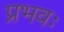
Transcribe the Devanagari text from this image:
प्रभवः